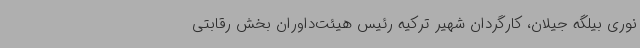
نوری بیلگه جیلان، کارگردان شهیر ترکیه رئیس هیئت‌داوران بخش رقابتی